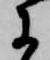
于